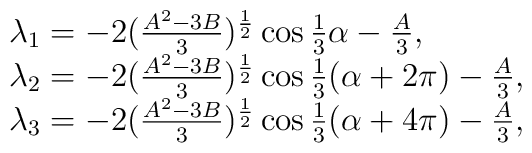
\begin{array}{l}\lambda_{1}=-2(\frac{A^{2}-3B}{3})^{\frac{1}{2}}\cos\frac{1}{3}\alpha-\frac{A}{3},\\\lambda_{2}=-2(\frac{A^{2}-3B}{3})^{\frac{1}{2}}\cos\frac{1}{3}(\alpha+2\pi)-\frac{A}{3},\\\lambda_{3}=-2(\frac{A^{2}-3B}{3})^{\frac{1}{2}}\cos\frac{1}{3}(\alpha+4\pi)-\frac{A}{3},\\\end{array}